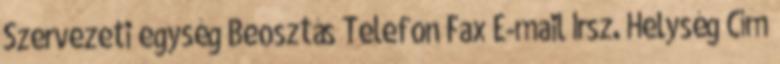
Szervezeti egység Beosztás Telefon Fax E-mail Irsz. Helység Cím